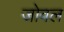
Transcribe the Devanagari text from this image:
जोवल